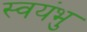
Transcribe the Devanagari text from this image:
स्‍वयंभु